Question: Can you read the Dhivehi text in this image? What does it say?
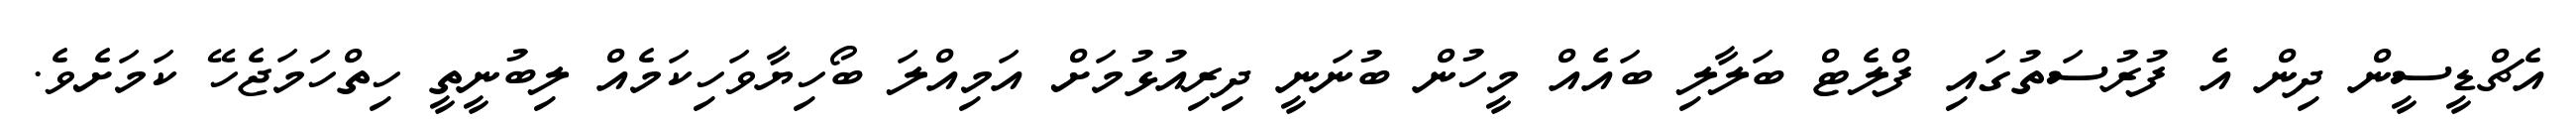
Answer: އެޗްޑީސީން ދިން އެ ފުރުސަތުގައި ފްލެޓް ބަލާލި ބައެއް މީހުން ބުނަނީ ދިރިއުޅުމަށް އަމިއްލަ ބޯހިޔާވަހިކަމެއް ލިބުނީތީ ހިތްހަމަޖެހޭ ކަމަށެވެ.